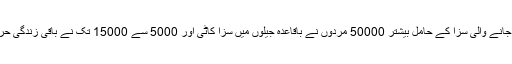
عدالت کے ذریعے سنائی جانے والی سزا کے حامل بیشتر 50000 مردوں نے باقاعدہ جیلوں میں سزا کاٹی اور 5000 سے 15000 تک نے باقی زندگی حراستی کیمپوں میں گزاری۔